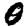
Digit: 0